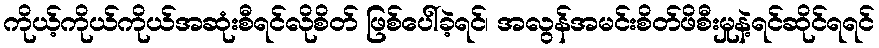
ကိုယ့်ကိုယ်ကိုယ်အဆုံးစီရင်လိုစိတ် ဖြစ်ပေါ်ခဲ့ရင်၊ အလွန်အမင်းစိတ်ဖိစီးမှုနဲ့ရင်ဆိုင်ရရင်